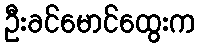
ဦးခင်မောင်ထွေးက